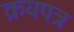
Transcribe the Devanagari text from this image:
क्रयपत्र